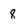
Character: 8